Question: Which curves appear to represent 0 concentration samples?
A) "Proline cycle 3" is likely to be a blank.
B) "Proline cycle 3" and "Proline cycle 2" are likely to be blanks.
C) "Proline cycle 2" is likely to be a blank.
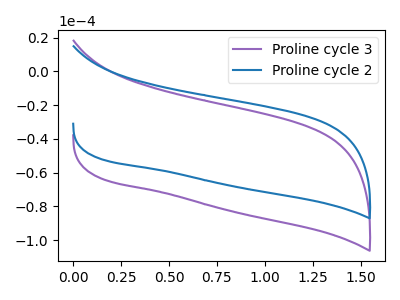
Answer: <think>The purple curve "Proline cycle 3" has no peaks. The blue curve "Proline cycle 2" has no peaks.</think>
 <answer>B) "Proline cycle 3" and "Proline cycle 2" are likely to be blanks.</answer>
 <eval>B</eval>